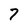
Character: 7